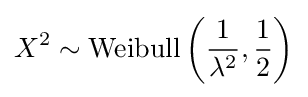
X^{2}\sim \operatorname {Weibull} \left({\frac {1}{\lambda ^{2}}},{\frac {1}{2}}\right)